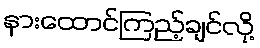
နားထောင်ကြည့်ချင်လို့